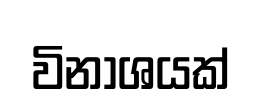
විනාශයක්